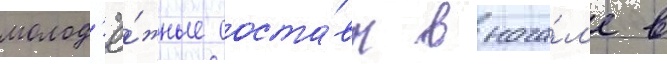
молод'ё́жные соста́вы внача́л'е в